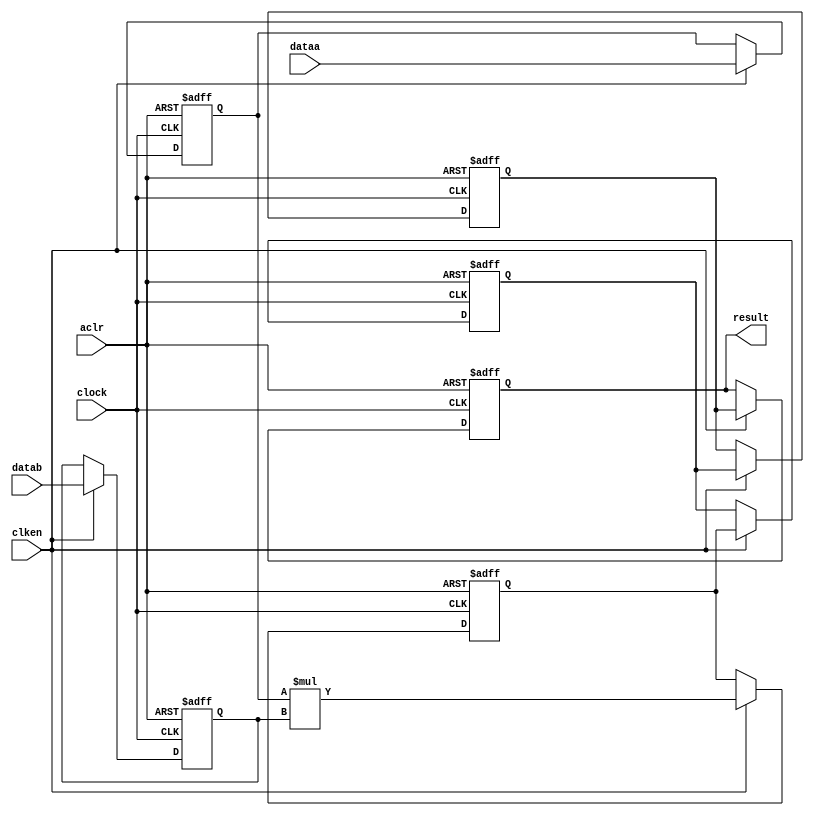
//lpm_mult CBX_DECLARE_ALL_CONNECTED_PORTS="OFF" DEDICATED_MULTIPLIER_CIRCUITRY="YES" DEVICE_FAMILY="Cyclone V" DSP_BLOCK_BALANCING="Auto" LPM_PIPELINE=5 LPM_REPRESENTATION="UNSIGNED" LPM_WIDTHA=24 LPM_WIDTHB=24 LPM_WIDTHP=48 LPM_WIDTHS=1 aclr clken clock dataa datab result CARRY_CHAIN="MANUAL" CARRY_CHAIN_LENGTH=48
//VERSION_BEGIN 15.1 cbx_cycloneii 2015:10:21:18:09:23:SJ cbx_lpm_add_sub 2015:10:21:18:09:23:SJ cbx_lpm_mult 2015:10:21:18:09:23:SJ cbx_mgl 2015:10:21:18:12:49:SJ cbx_nadder 2015:10:21:18:09:23:SJ cbx_padd 2015:10:21:18:09:23:SJ cbx_stratix 2015:10:21:18:09:23:SJ cbx_stratixii 2015:10:21:18:09:23:SJ cbx_util_mgl 2015:10:21:18:09:23:SJ  VERSION_END
// synthesis VERILOG_INPUT_VERSION VERILOG_2001
// altera message_off 10463



// Copyright (C) 1991-2015 Altera Corporation. All rights reserved.
//  Your use of Altera Corporation's design tools, logic functions 
//  and other software and tools, and its AMPP partner logic 
//  functions, and any output files from any of the foregoing 
//  (including device programming or simulation files), and any 
//  associated documentation or information are expressly subject 
//  to the terms and conditions of the Altera Program License 
//  Subscription Agreement, the Altera Quartus Prime License Agreement,
//  the Altera MegaCore Function License Agreement, or other 
//  applicable license agreement, including, without limitation, 
//  that your use is for the sole purpose of programming logic 
//  devices manufactured by Altera and sold by Altera or its 
//  authorized distributors.  Please refer to the applicable 
//  agreement for further details.



//synthesis_resources = 
//synopsys translate_off
`timescale 1 ps / 1 ps
//synopsys translate_on
module  mult_9ct
	( 
	aclr,
	clken,
	clock,
	dataa,
	datab,
	result) /* synthesis synthesis_clearbox=1 */;
	input   aclr;
	input   clken;
	input   clock;
	input   [23:0]  dataa;
	input   [23:0]  datab;
	output   [47:0]  result;
`ifndef ALTERA_RESERVED_QIS
// synopsys translate_off
`endif
	tri0   aclr;
	tri1   clken;
	tri0   clock;
`ifndef ALTERA_RESERVED_QIS
// synopsys translate_on
`endif

	reg  [23:0]  dataa_input_reg;
	reg  [23:0]  datab_input_reg;
	reg  [47:0]  result_output_reg;
	reg  [47:0]  result_extra0_reg;
	reg  [47:0]  result_extra1_reg;
	reg  [47:0]  result_extra2_reg;
	wire [23:0]    dataa_wire;
	wire [23:0]    datab_wire;
	wire [47:0]    result_wire;


	// synopsys translate_off
	initial
		dataa_input_reg = 0;
	// synopsys translate_on
	always @(posedge clock or posedge aclr)
		if (aclr == 1'b1)    dataa_input_reg <= 24'b0;
		else if (clken == 1'b1)	dataa_input_reg <= dataa;
	// synopsys translate_off
	initial
		datab_input_reg = 0;
	// synopsys translate_on
	always @(posedge clock or posedge aclr)
		if (aclr == 1'b1)    datab_input_reg <= 24'b0;
		else if (clken == 1'b1)	datab_input_reg <= datab;
	// synopsys translate_off
	initial
		result_output_reg = 0;
	// synopsys translate_on
	always @(posedge clock or posedge aclr)
		if (aclr == 1'b1)    result_output_reg <= 48'b0;
		else if (clken == 1'b1)	result_output_reg <= result_extra2_reg;
	// synopsys translate_off
	initial
		result_extra0_reg = 0;
	// synopsys translate_on
	always @(posedge clock or posedge aclr)
		if (aclr == 1'b1)    result_extra0_reg <= 48'b0;
		else if (clken == 1'b1)	result_extra0_reg <= result_wire[47:0];
	// synopsys translate_off
	initial
		result_extra1_reg = 0;
	// synopsys translate_on
	always @(posedge clock or posedge aclr)
		if (aclr == 1'b1)    result_extra1_reg <= 48'b0;
		else if (clken == 1'b1)	result_extra1_reg <= result_extra0_reg;
	// synopsys translate_off
	initial
		result_extra2_reg = 0;
	// synopsys translate_on
	always @(posedge clock or posedge aclr)
		if (aclr == 1'b1)    result_extra2_reg <= 48'b0;
		else if (clken == 1'b1)	result_extra2_reg <= result_extra1_reg;

	assign dataa_wire = dataa_input_reg;
	assign datab_wire = datab_input_reg;
	assign result_wire = dataa_wire * datab_wire;
	assign result = ({result_output_reg});

endmodule //mult_9ct
//VALID FILE